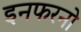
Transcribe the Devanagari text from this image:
इनफरनो